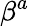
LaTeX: \beta^{a}